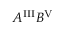
A ^ { \mathrm { I I I } } B ^ { \mathrm { V } }